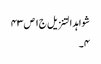
شواہد التنزیل ج١ ص ٤٣
٤۔